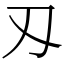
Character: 刄